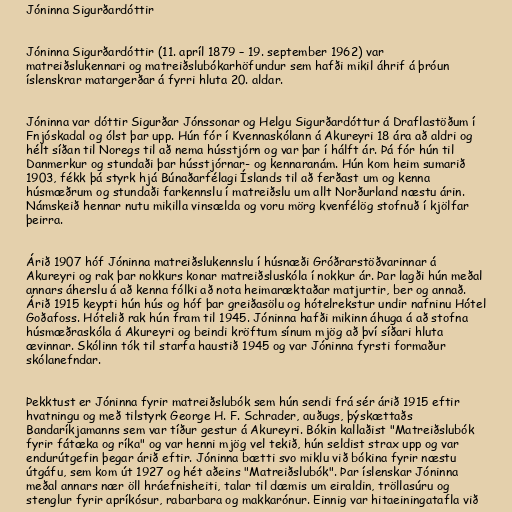
Jóninna Sigurðardóttir

Jóninna Sigurðardóttir (11. apríl 1879 – 19. september 1962) var
matreiðslukennari og matreiðslubókarhöfundur sem hafði mikil áhrif á þróun
íslenskrar matargerðar á fyrri hluta 20. aldar.

Jóninna var dóttir Sigurðar Jónssonar og Helgu Sigurðardóttur á Draflastöðum í
Fnjóskadal og ólst þar upp. Hún fór í Kvennaskólann á Akureyri 18 ára að aldri og
hélt síðan til Noregs til að nema hússtjórn og var þar í hálft ár. Þá fór hún til
Danmerkur og stundaði þar hússtjórnar- og kennaranám. Hún kom heim sumarið
1903, fékk þá styrk hjá Búnaðarfélagi Íslands til að ferðast um og kenna
húsmæðrum og stundaði farkennslu í matreiðslu um allt Norðurland næstu árin.
Námskeið hennar nutu mikilla vinsælda og voru mörg kvenfélög stofnuð í kjölfar
þeirra.

Árið 1907 hóf Jóninna matreiðslukennslu í húsnæði Gróðrarstöðvarinnar á
Akureyri og rak þar nokkurs konar matreiðsluskóla í nokkur ár. Þar lagði hún meðal
annars áherslu á að kenna fólki að nota heimaræktaðar matjurtir, ber og annað.
Árið 1915 keypti hún hús og hóf þar greiðasölu og hótelrekstur undir nafninu Hótel
Goðafoss. Hótelið rak hún fram til 1945. Jóninna hafði mikinn áhuga á að stofna
húsmæðraskóla á Akureyri og beindi kröftum sínum mjög að því síðari hluta
ævinnar. Skólinn tók til starfa haustið 1945 og var Jóninna fyrsti formaður
skólanefndar.

Þekktust er Jóninna fyrir matreiðslubók sem hún sendi frá sér árið 1915 eftir
hvatningu og með tilstyrk George H. F. Schrader, auðugs, þýskættaðs
Bandaríkjamanns sem var tíður gestur á Akureyri. Bókin kallaðist "Matreiðslubók
fyrir fátæka og ríka" og var henni mjög vel tekið, hún seldist strax upp og var
endurútgefin þegar árið eftir. Jóninna bætti svo miklu við bókina fyrir næstu
útgáfu, sem kom út 1927 og hét aðeins "Matreiðslubók". Þar íslenskar Jóninna
meðal annars nær öll hráefnisheiti, talar til dæmis um eiraldin, tröllasúru og
stenglur fyrir apríkósur, rabarbara og makkarónur. Einnig var hitaeiningatafla við